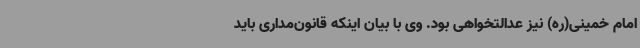
امام خمینی(ره) نیز عدالتخواهی بود. وی با بیان اینکه قانون‌مداری باید